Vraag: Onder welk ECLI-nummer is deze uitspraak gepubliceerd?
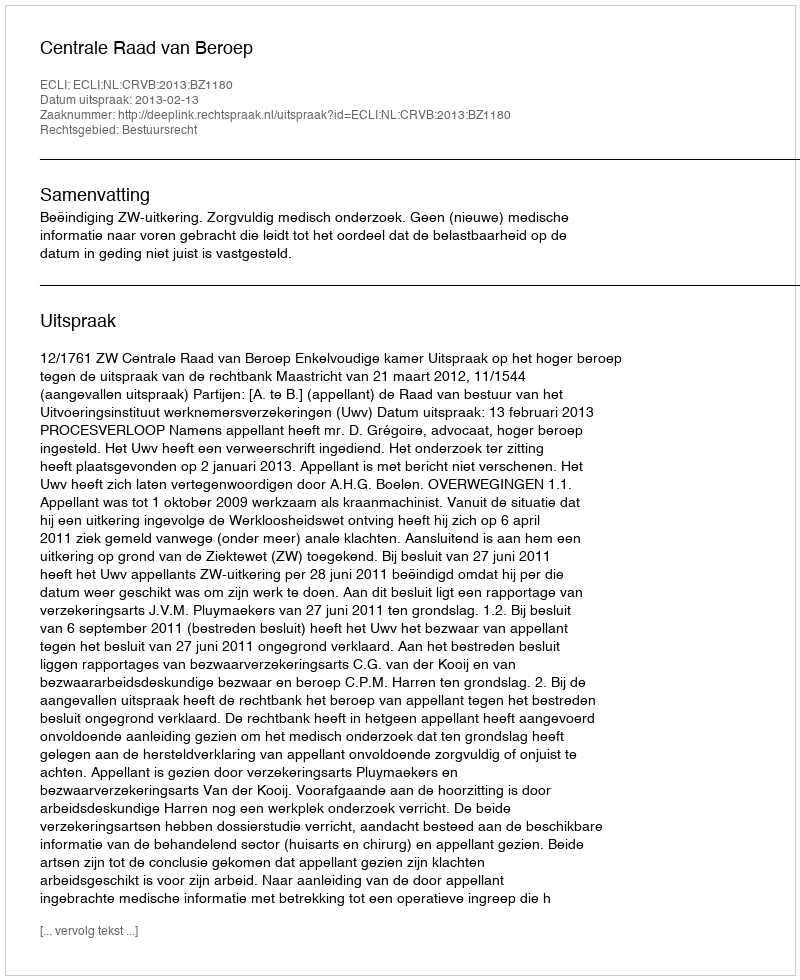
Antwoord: ECLI:NL:CRVB:2013:BZ1180